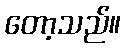
တော့သည်။